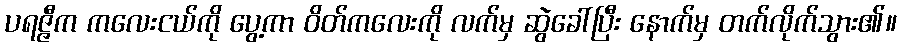
ပရဇ္ဇီက ကလေးငယ်ကို ပွေ့ကာ ဝိတ်ကလေးကို လက်မှ ဆွဲခေါ်ပြီး နောက်မှ တက်လိုက်သွား၏။